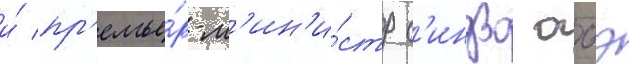
и́ пр'емье́р-м'ин'и́стр с'индзо абэ